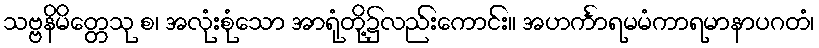
သဗ္ဗနိမိတ္တေသု စ၊ အလုံးစုံသော အာရုံတို့၌လည်းကောင်း။ အဟင်္ကာရမမံကာရမာနာပဂတံ၊